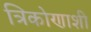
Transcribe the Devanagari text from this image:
त्रिकोणाशी